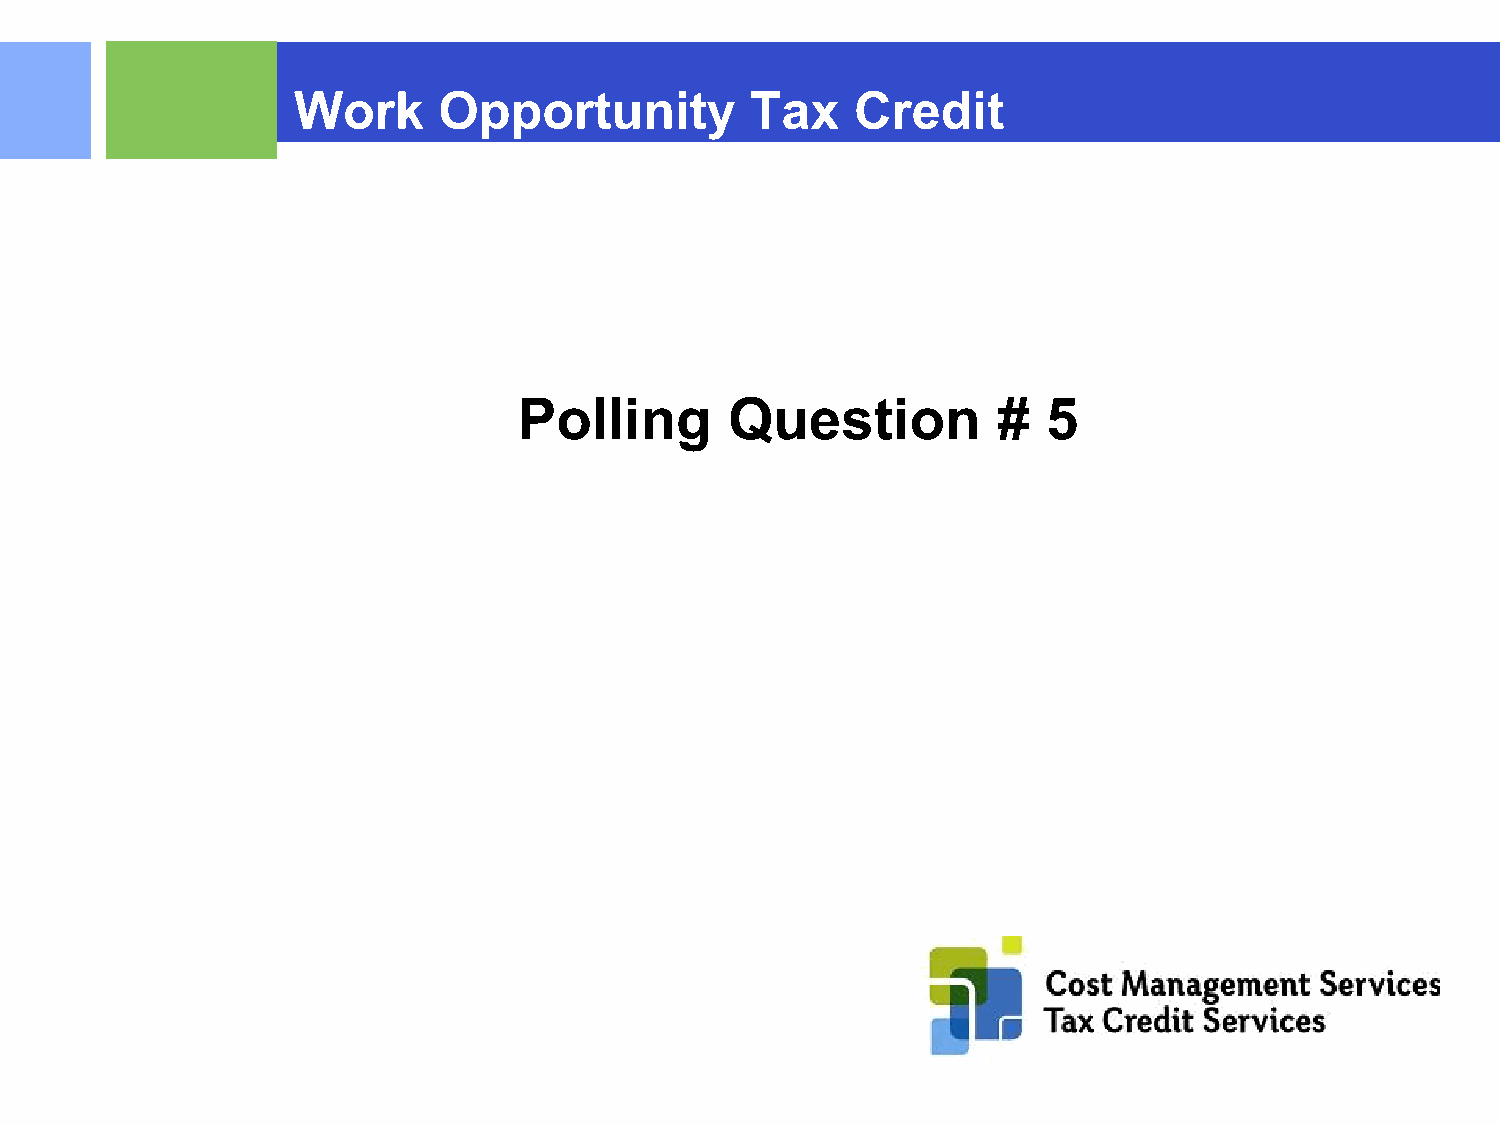
Work      Opportunity          Tax    Credit
 Polling       Question          #  5
 ©2015 RSM US LLP. All RightsReserved.